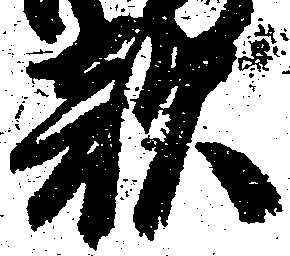
敵